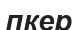
пкер